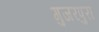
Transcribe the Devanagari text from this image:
गुजरपुरा